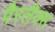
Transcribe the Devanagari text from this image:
पैरलैक्स